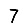
Digit: 7